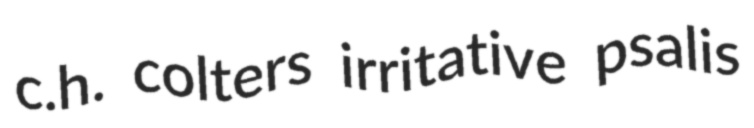
c.h. colters irritative psalis